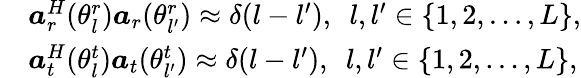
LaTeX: \begin{array}{rl}&{\boldsymbol{a}_{r}^{H}(\theta_{l}^{r})\boldsymbol{a}_{r}(\theta_{l^{\prime}}^{r})\approx\delta(l-l^{\prime}),\ \ l,{l^{\prime}}\in\{ 1,2,\ldots,L\} ,}\\ &{\boldsymbol{a}_{t}^{H}(\theta_{l}^{t})\boldsymbol{a}_{t}(\theta_{l^{\prime}}^{t})\approx\delta(l-{l^{\prime}}),\ \ l,{l^{\prime}}\in\{ 1,2,\ldots,L\} ,}\end{array}